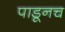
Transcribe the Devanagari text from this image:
पाडूनच